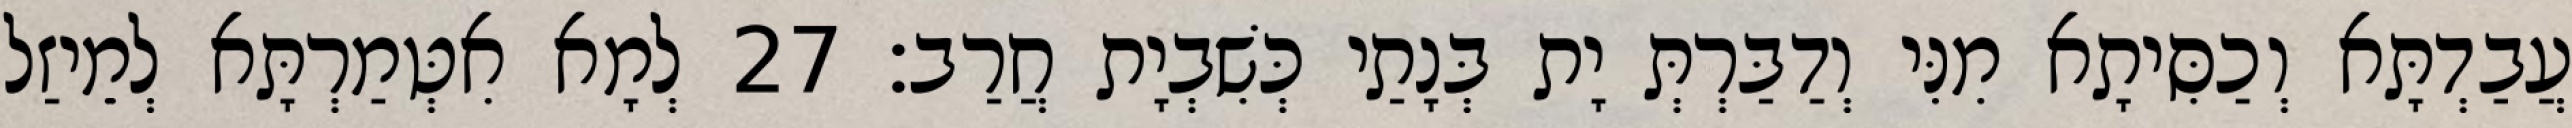
עֲבַדְתָּא וְכַסִּיתָא מִנִּי וְדַבַּרְתְּ יָת בְּנָתַי כְּשִׁבְיָת חֲרַב׃ 27 לְמָא אִטְּמַרְתָּא לְמֵיזַל